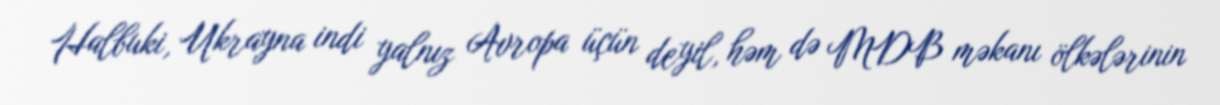
Halbuki, Ukrayna indi yalnız Avropa üçün deyil, həm də MDB məkanı ölkələrinin